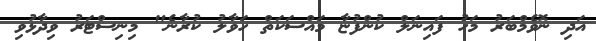
އަދި ނޮވެމްބަރު މަހު ފައިނަލް ކުންފުޏާ މައްސަކަތް ހަވާލު ކުރާނެ" މިނިސްޓަރު ވިދާޅުވި